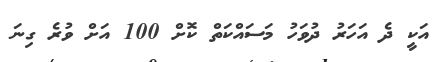
އަކީ ދެ އަހަރު ދުވަހު މަސައްކަތް ކޮށް 100 އަށް ވުރެ ގިނަ